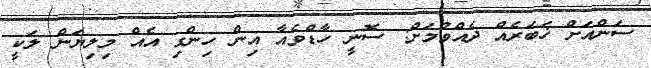
ސަންއަށް ޚަބަރެއް ދެއްވުމަށް: ސޮނީ ހާޑްވެއާ އިން ހިންގި އެއް މިލިޔަން ލަކީ